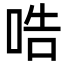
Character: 哠